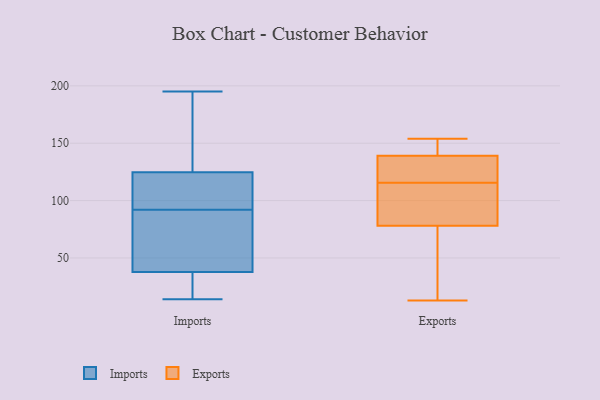
{"axis": {"x": "Gross Profit (USD K)", "y": "Value"}, "legend": ["Exports", "Imports"], "data": [{"x": "", "y": 46, "type": "Imports"}, {"x": "", "y": 156, "type": "Imports"}, {"x": "", "y": 92, "type": "Imports"}, {"x": "", "y": 103, "type": "Imports"}, {"x": "", "y": 195, "type": "Imports"}, {"x": "", "y": 112, "type": "Imports"}, {"x": "", "y": 14, "type": "Imports"}, {"x": "", "y": 35, "type": "Imports"}, {"x": "", "y": 129, "type": "Imports"}, {"x": "", "y": 28, "type": "Imports"}, {"x": "", "y": 74, "type": "Imports"}, {"x": "", "y": 130, "type": "Exports"}, {"x": "", "y": 150, "type": "Exports"}, {"x": "", "y": 116, "type": "Exports"}, {"x": "", "y": 52, "type": "Exports"}, {"x": "", "y": 78, "type": "Exports"}, {"x": "", "y": 115, "type": "Exports"}, {"x": "", "y": 139, "type": "Exports"}, {"x": "", "y": 154, "type": "Exports"}, {"x": "", "y": 96, "type": "Exports"}, {"x": "", "y": 13, "type": "Exports"}]}